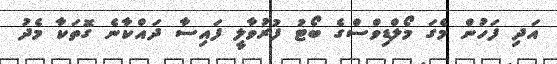
އަދި ފަހުން މެގަ މޯލްޑިވްސްގެ ބޯޓު ފުރުވާލީ ފައިސާ ދައްކާނެ ގޮތަކާ މެދު